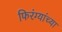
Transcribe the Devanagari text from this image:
फिरंग्यांच्या